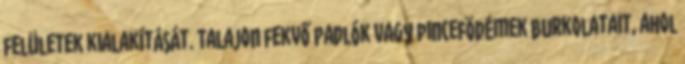
felületek kialakítását. Talajon fekvő padlók vagy pincefödémek burkolatait, ahol